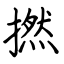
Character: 撚